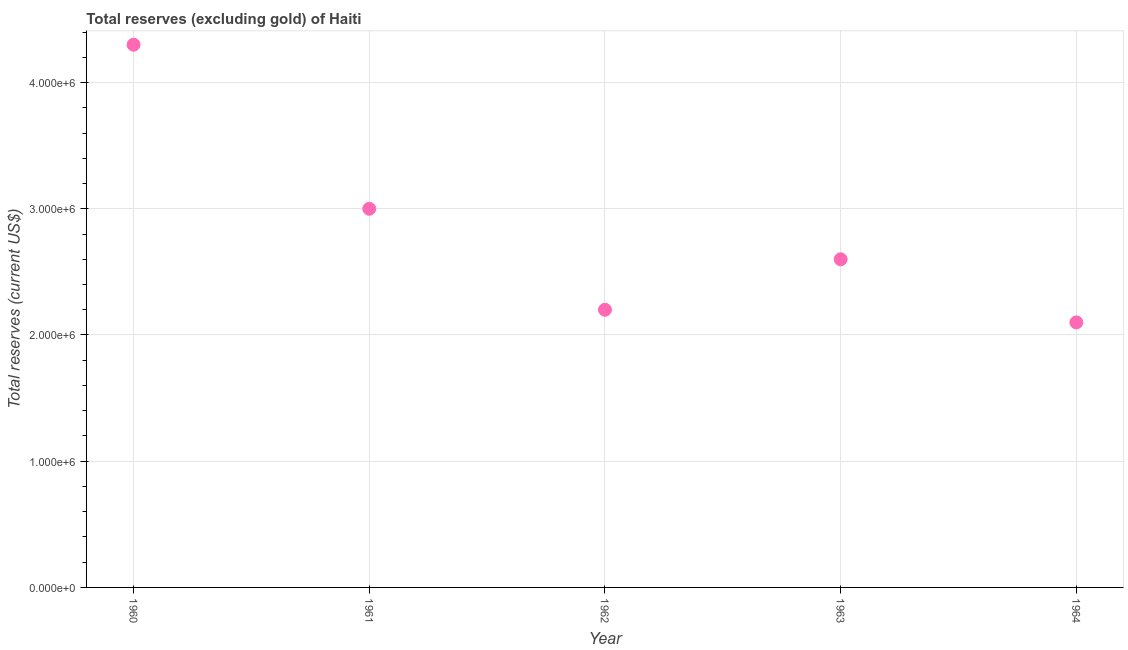
| Year | Total reserves minus gold (current US$) |
 | --- | --- |
 | 1960 | 4.3e+06 |
 | 1961 | 3e+06 |
 | 1962 | 2.2e+06 |
 | 1963 | 2.6e+06 |
 | 1964 | 2.1e+06 |